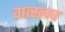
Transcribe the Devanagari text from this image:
वात्स्लव